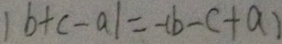
\vert b + c - a \vert = - ( b - c + a )